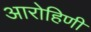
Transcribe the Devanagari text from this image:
आरोहिणी